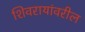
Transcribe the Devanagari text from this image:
शिवरायांवरील